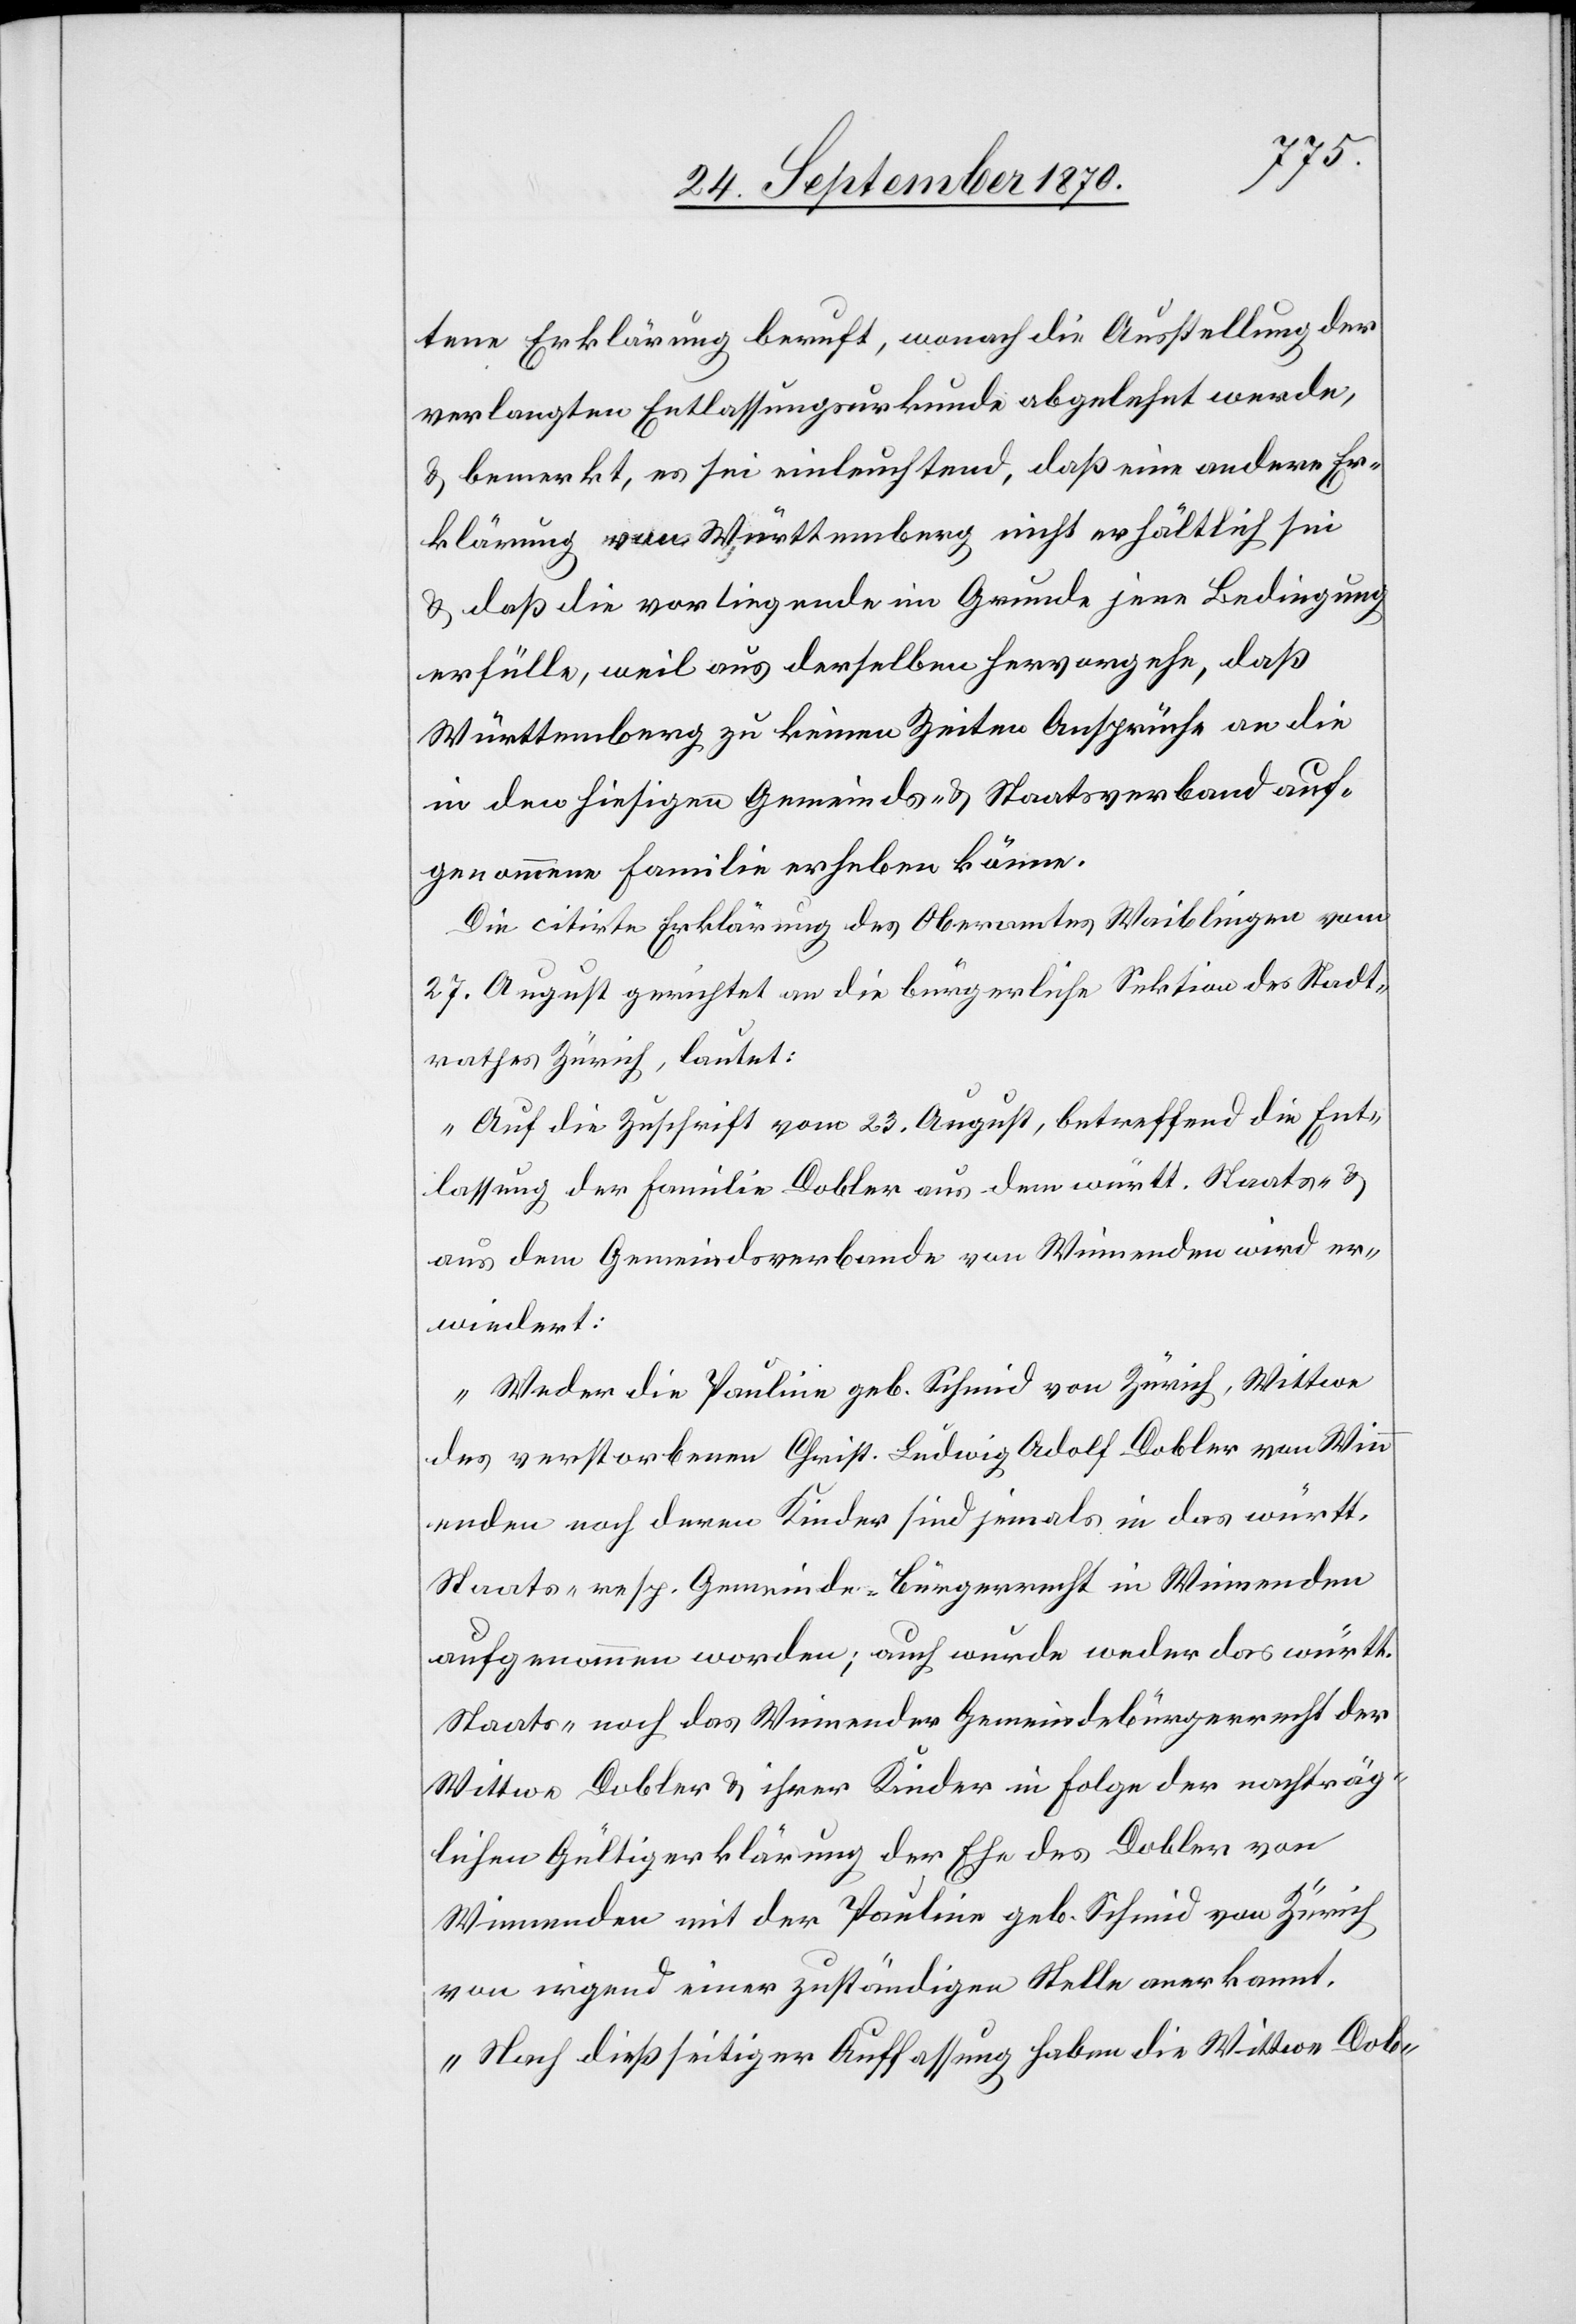
tene Erklärung beruft, wonach die Ausstellung der
verlangten Entlassungsurkunde abgelehnt werde,
& bemerkt, es sei einleuchtend, daß eine andere Er¬
klärung von Württemberg nicht erhältlich sei
& daß die vorliegende im Grunde jene Bedingung
erfülle, weil aus derselben hervorgehe, daß
Württemberg zu keinen Zeiten Ansprüche an die
in den hiesigen Gemeinds- & Staatsverband auf¬
genommene Familie erheben könne.
Die citirte Erklärung des Oberamtes Waiblingen
27. August gerichtet an die bürgerliche Sektion des Stadt¬
rathes Zürich, lautet:
„Auf die Zuschrift vom 23. August, betreffend die Ent¬
lassung der Familie Dobler aus dem württ. Staats- &
aus dem Gemeindeverbande von Winnenden erwiedert
Weder die Pauline geb. Schmid von Zürich, Wittwe
des verstorbenen Christ. Ludwig Adolf Dobler von Winn¬
enden noch deren Kinder sind jemals in das württ.
Staats- resp. Gemeinde-Bürgerrecht in Winnenden
aufgenommen worden; auch wurde weder das württ.
Staats- noch das Winnender Gemeindebürgerrecht der
Wittwe Dobler & ihrer Kinder in Folge der nachträg¬
lichen Gültigerklärung der Ehe des Dobler von
Winnenden mit der Pauline geb. Schmid von Zürich
von irgend einer zuständigen Stelle anerkannt.
Nach dießseitiger Auffassung haben die Wittwe Dob-